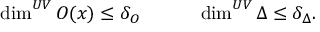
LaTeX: \dim ^ { U V } O ( x ) \leq \delta _ { O } \qquad \quad \dim ^ { U V } \Delta \leq \delta _ { \Delta } .